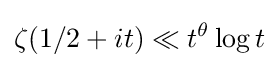
\zeta (1/2+it)\ll t^{\theta }\log t